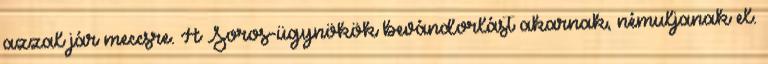
azzal jár meccsre. A Soros-ügynökök bevándorlást akarnak, némuljanak el.